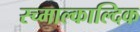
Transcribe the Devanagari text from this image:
स्च्माल्काल्दिक